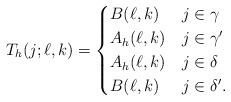
LaTeX: \begin{align*}T_h(j;\ell,k)=\begin{cases} B(\ell,k) & j\in\gamma \\ A_h(\ell,k) & j\in\gamma' \\ A_h(\ell,k) & j\in\delta \\ B(\ell,k) & j\in\delta'. \end{cases}\end{align*}